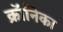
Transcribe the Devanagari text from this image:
क्रॉनिका